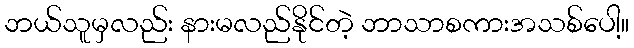
ဘယ်သူမှလည်း နားမလည်နိုင်တဲ့ ဘာသာစကားအသစ်ပေါ့။